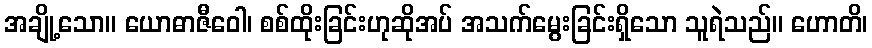
အချို့သော။ ယောဓာဇီဝေါ၊ စစ်ထိုးခြင်းဟုဆိုအပ် အသက်မွေးခြင်းရှိသော သူရဲသည်။ ဟောတိ၊